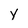
Character: y